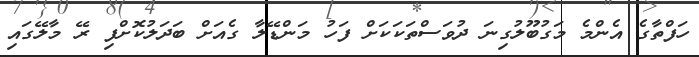
ހަފްތާގެ އެންމެ މަގުބޫލުގިނަ ދުވަސްތަކަކަށް ފަހު މަންޑޭލާ ގެއަށް ބަދަލުކޮށްފި ރޭ މާލޭގައި